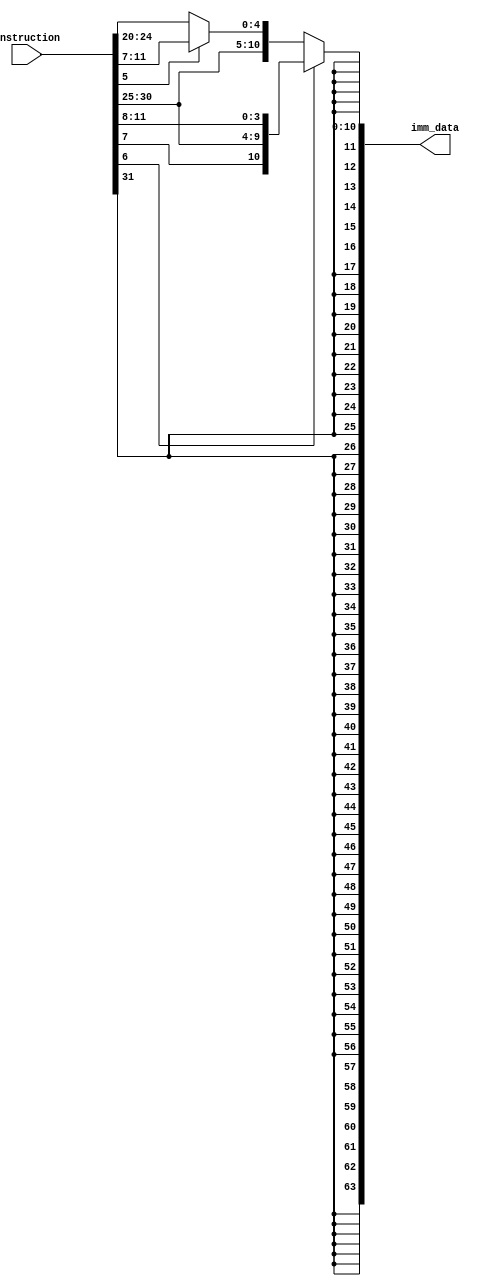
module immediate_data_extractor(instruction, imm_data);

	input wire [31:0] instruction;
	output reg [63:0] imm_data;
	
	always@(instruction)
	begin
		if (instruction[6] == 0)
			if (instruction[5] == 0)
				imm_data <= {{52{instruction[31]}},instruction[31:20]};
			else
				imm_data <= {{52{instruction[31]}},instruction[31:25], instruction[11:7]};
		else
			imm_data <= {{52{instruction[31]}},instruction[31], instruction[7], instruction[30:25], instruction[11:8]};
			
	end
endmodule